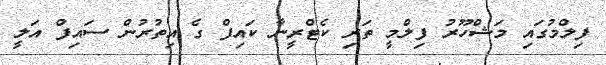
ފިލްމުގައި މަޝްހޫރު ފިލްމީ ތަރި ކެޓްރީނާ ކައިފް ގެ އިތުރުން ސައިފް އަލީ